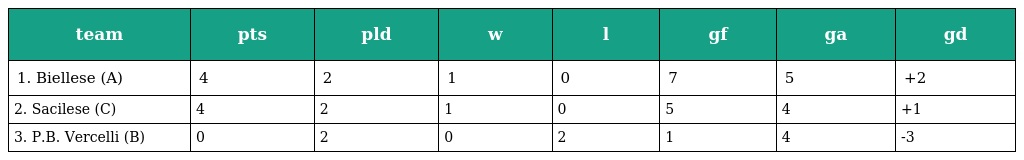
| team | pts | pld | w | l | gf | ga | gd |
 | --- | --- | --- | --- | --- | --- | --- | --- |
 | 1. Biellese (A) | 4 | 2 | 1 | 0 | 7 | 5 | +2 |
 | 2. Sacilese (C) | 4 | 2 | 1 | 0 | 5 | 4 | +1 |
 | 3. P.B. Vercelli (B) | 0 | 2 | 0 | 2 | 1 | 4 | -3 |